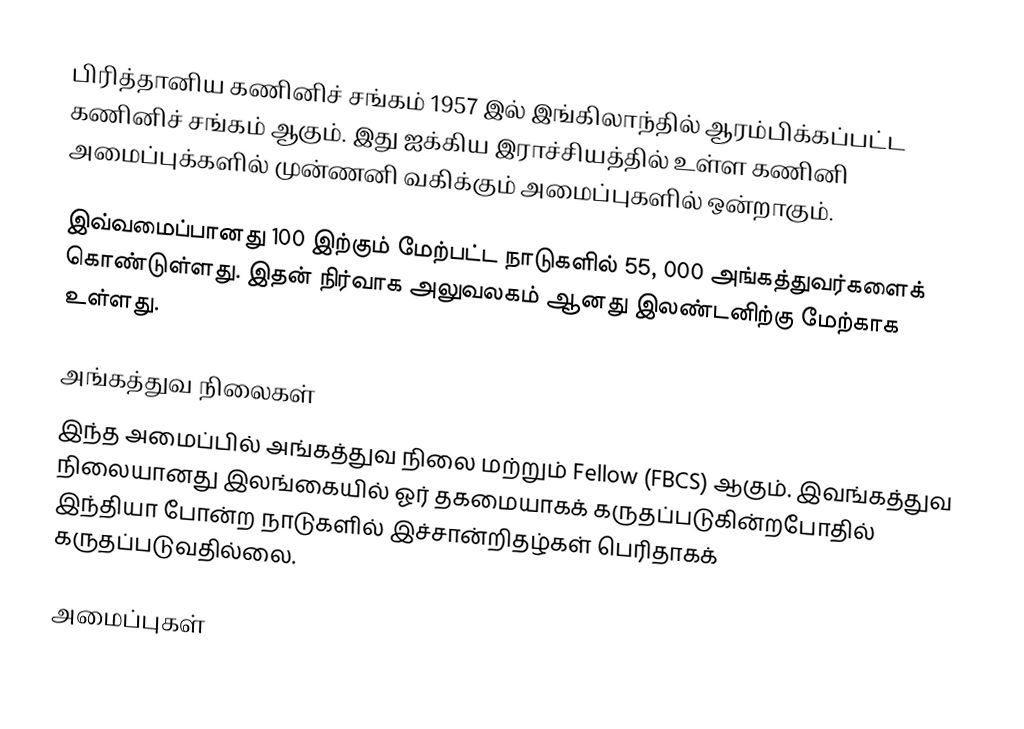
பிரித்தானிய கணினிச் சங்கம் 1957 இல் இங்கிலாந்தில் ஆரம்பிக்கப்பட்ட கணினிச் சங்கம் ஆகும். இது ஐக்கிய இராச்சியத்தில் உள்ள கணினி அமைப்புக்களில் முன்ணனி வகிக்கும் அமைப்புகளில் ஒன்றாகும்.

இவ்வமைப்பானது 100 இற்கும் மேற்பட்ட நாடுகளில் 55, 000 அங்கத்துவர்களைக் கொண்டுள்ளது. இதன் நிர்வாக அலுவலகம் ஆனது இலண்டனிற்கு மேற்காக உள்ளது.

அங்கத்துவ நிலைகள்
இந்த அமைப்பில் அங்கத்துவ நிலை மற்றும் Fellow (FBCS) ஆகும். இவங்கத்துவ நிலையானது இலங்கையில் ஓர்  தகமையாகக் கருதப்படுகின்றபோதில் இந்தியா போன்ற நாடுகளில் இச்சான்றிதழ்கள் பெரிதாகக் கருதப்படுவதில்லை.

அமைப்புகள்